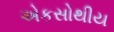
એકસોથીય